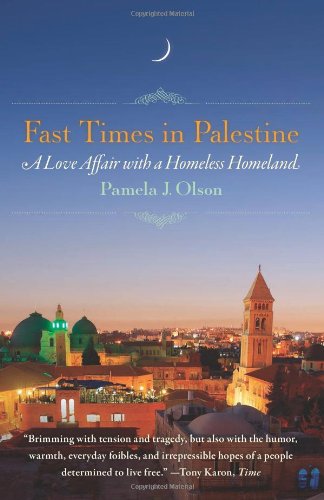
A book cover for Fast Times in Palestine: A Love Affair with a Homeless Homeland; Pamela J. Olson; Travel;